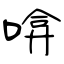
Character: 啽